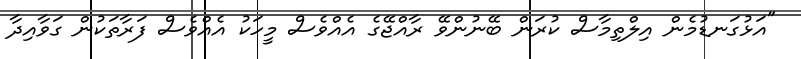
"އަޅުގަނޑުމެން އިލްތިމާސް ކުރަން ބޭނުންވޭ ރާއްޖޭގެ އެއްވެސް މީހަކު އެއްވެސް ފަރާތަކުން ގަވާއިދާ